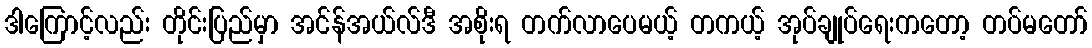
ဒါကြောင့်လည်း တိုင်းပြည်မှာ အင်န်အယ်လ်ဒီ အစိုးရ တက်လာပေမယ့် တကယ့် အုပ်ချုပ်ရေးကတော့ တပ်မတော်